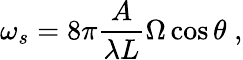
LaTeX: \omega_{s}=8\pi\frac{A}{\lambda L}\Omega\cos{\theta}\; ,